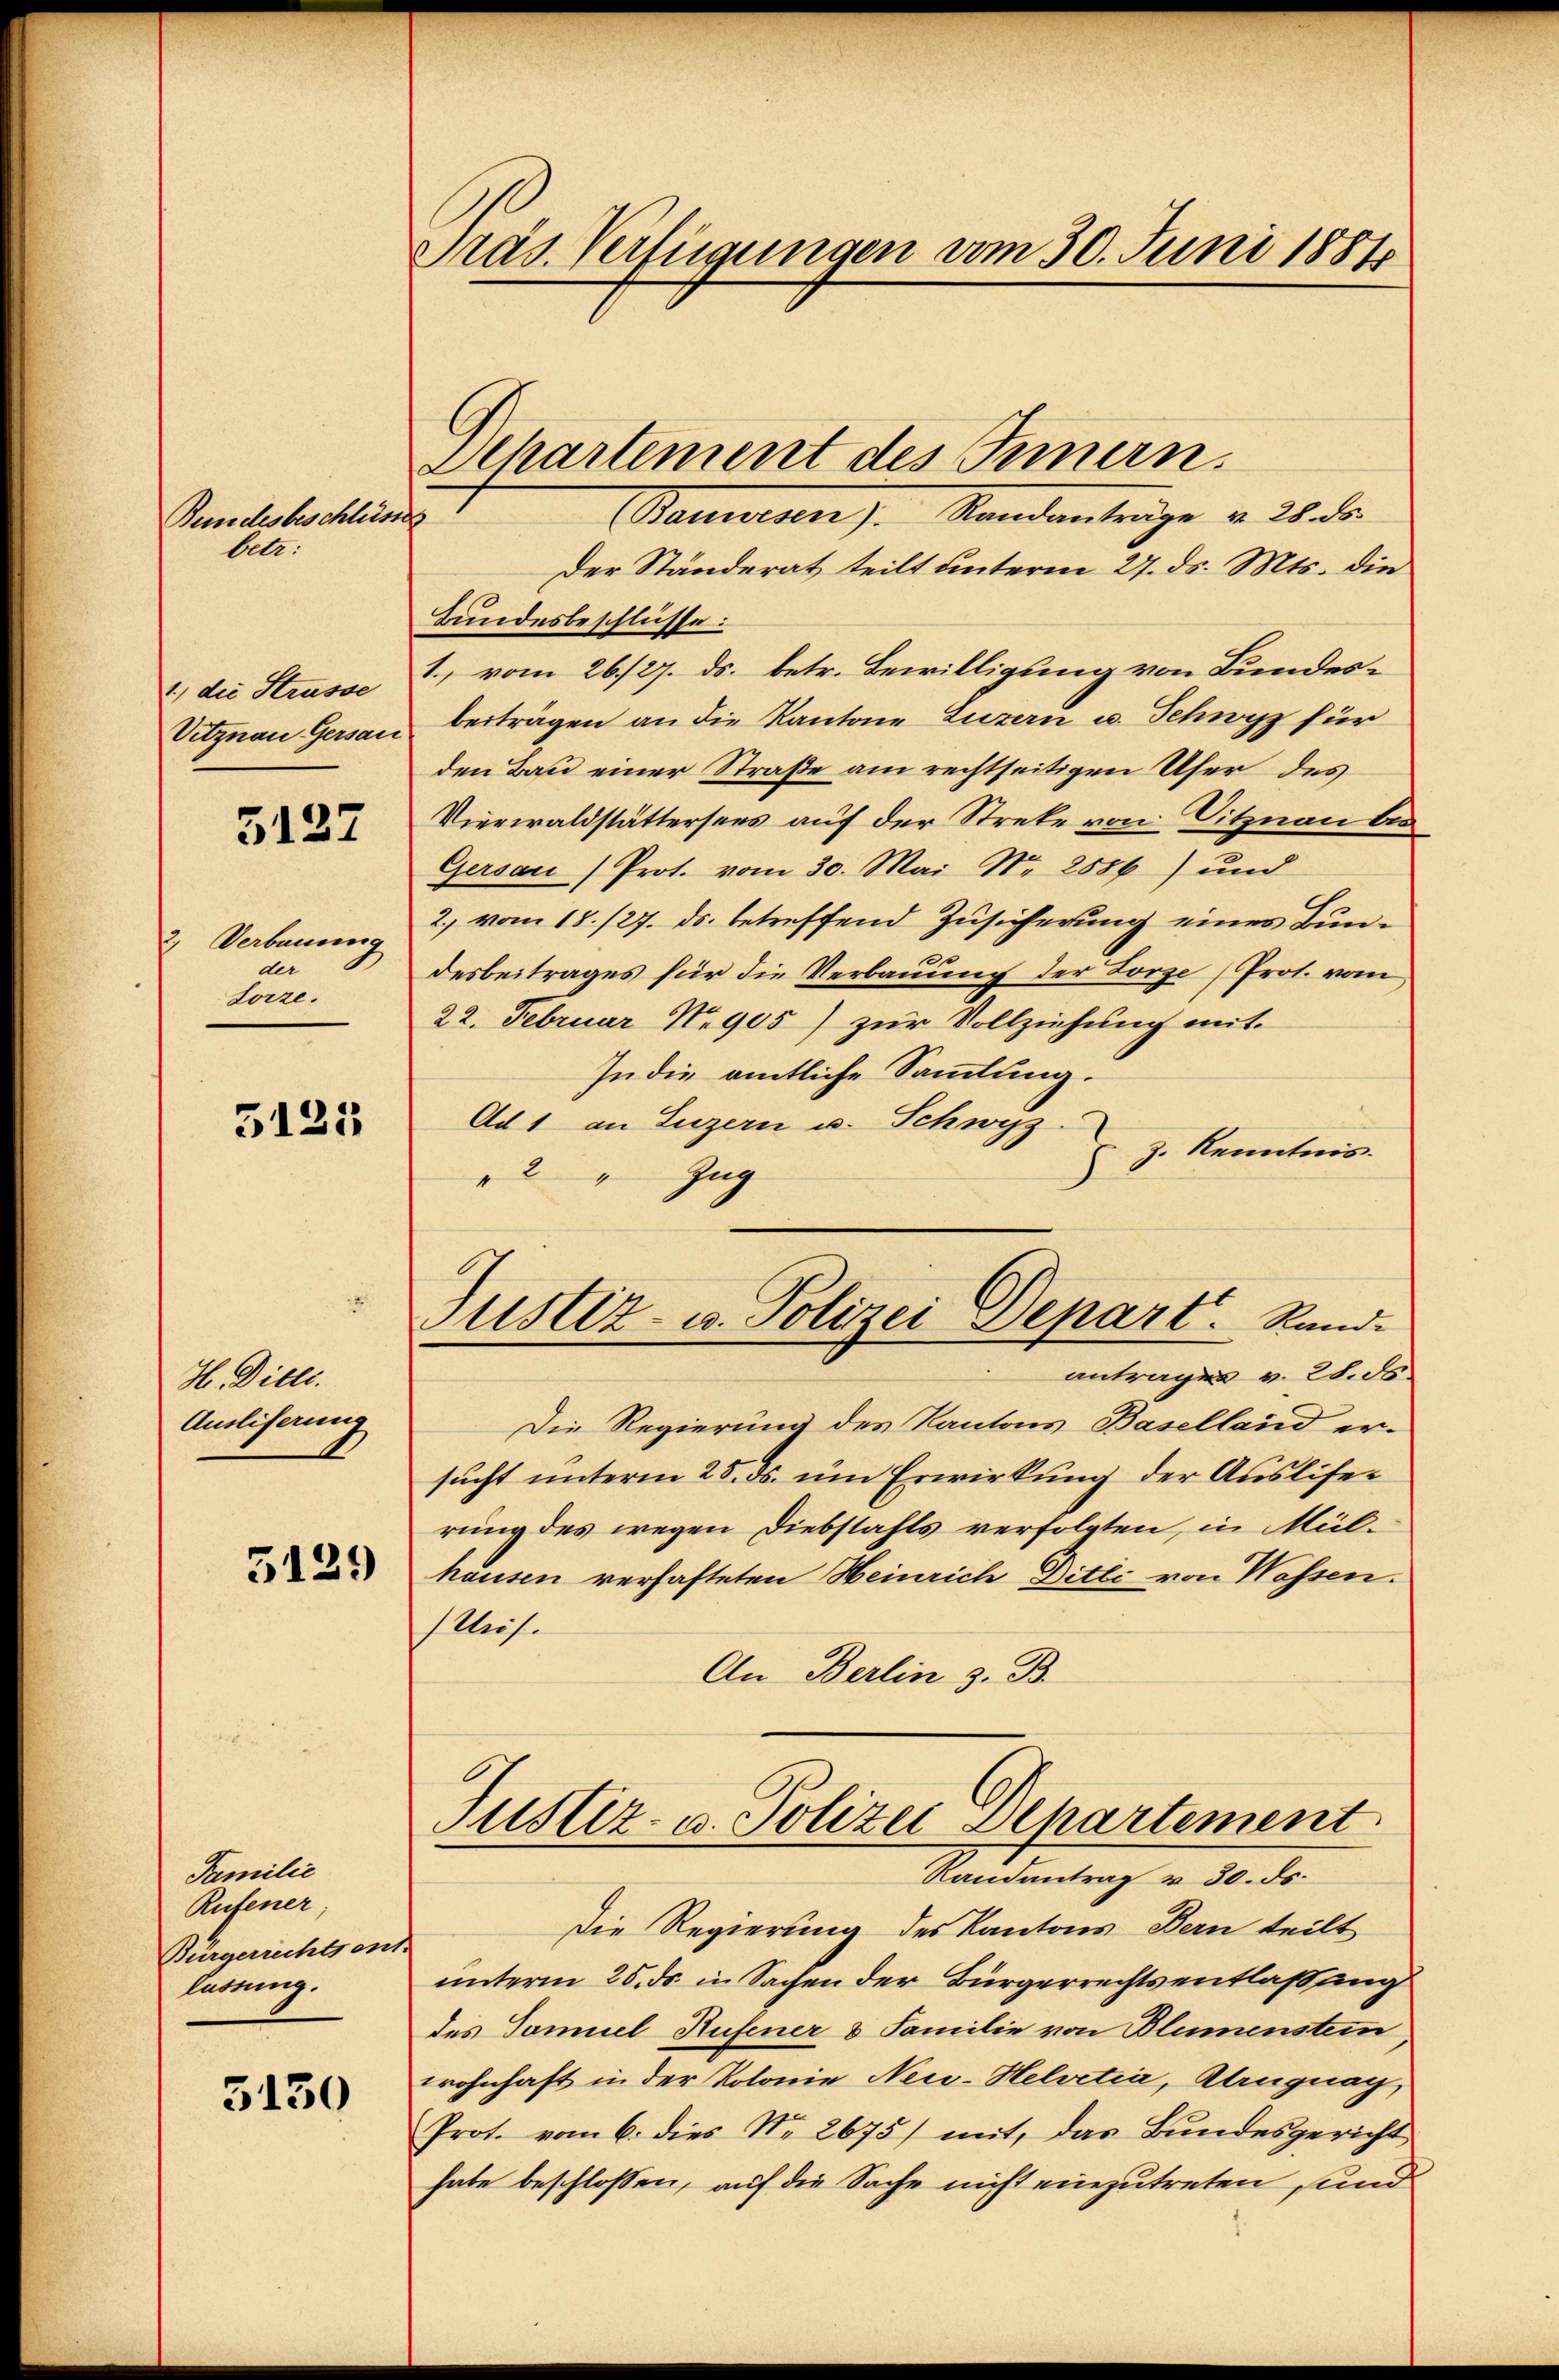
Bundesbeschlüsse
betr.

1., die Strasse
Vitznau Gersau

5137

2) Verbauung
der
Lorze.

5123

H. Diels.
Ausliferung

5129

Familie
Rufener
Bürgerrechtsen.
lassung.

5130

Präs. Verfügungen vom 30. Juni 1884

Achartement des Innern.
Banieren). Standenträge v. 20. der
Der Ständerat teilt unterm 27. ds. Mts. die
Bundesbeschlüsse:
1., vom 26./27. ds. betr. Bewilligung von Bundesbeiträgen an die Kantone Luzern u. Schwyz für
den Bau einer Straße am rechtseitigen Ufer des
Vierwaldstättersees auf der Streke von Sitznau bes
Gersau (Prot. vom 30. Mai Nr. 2886) und
2., vom 18. /27. ds. betreffend Zusicherung eines Bundesbeitrages für die Verbauung der Lorze (Prot. vom
22. Februar Nr 905) zur Vollziehung mit
In die amtliche Sammlung.
Ad 1 an Luzern u. Schwyz.
Z. Kenntnis.
2 " Zug
antragen v. 28. ds.
Die Regierung des Kantons Baselland er-
sucht unterm 25. ds. um Erwirkung der Auslifer
rung des wegen Diebstahls verfolgten, in Mülhausen verhafteten Heinrich Ditti von Wassen.
Af.
An Berlin z. B.
Justiz- u. Polizei Departement
Randantrag v. 30. ds.
Die Regierung des Kantons Bern teilt
unterm 25. ds. in Sachen der Bürgerrechtsentlassung
des Samuel Hufener & Familie von Blumenstein,
wohnhaft in der Kolonie Neu-Helvetia, Alruguag
Prot. vom 6. dies N. 2675) mit, das Bŭndesgericht
habe beschlossen, auf die Sache nicht einzutreten sind

Justiz- u. Polizei Depart. Rand¬